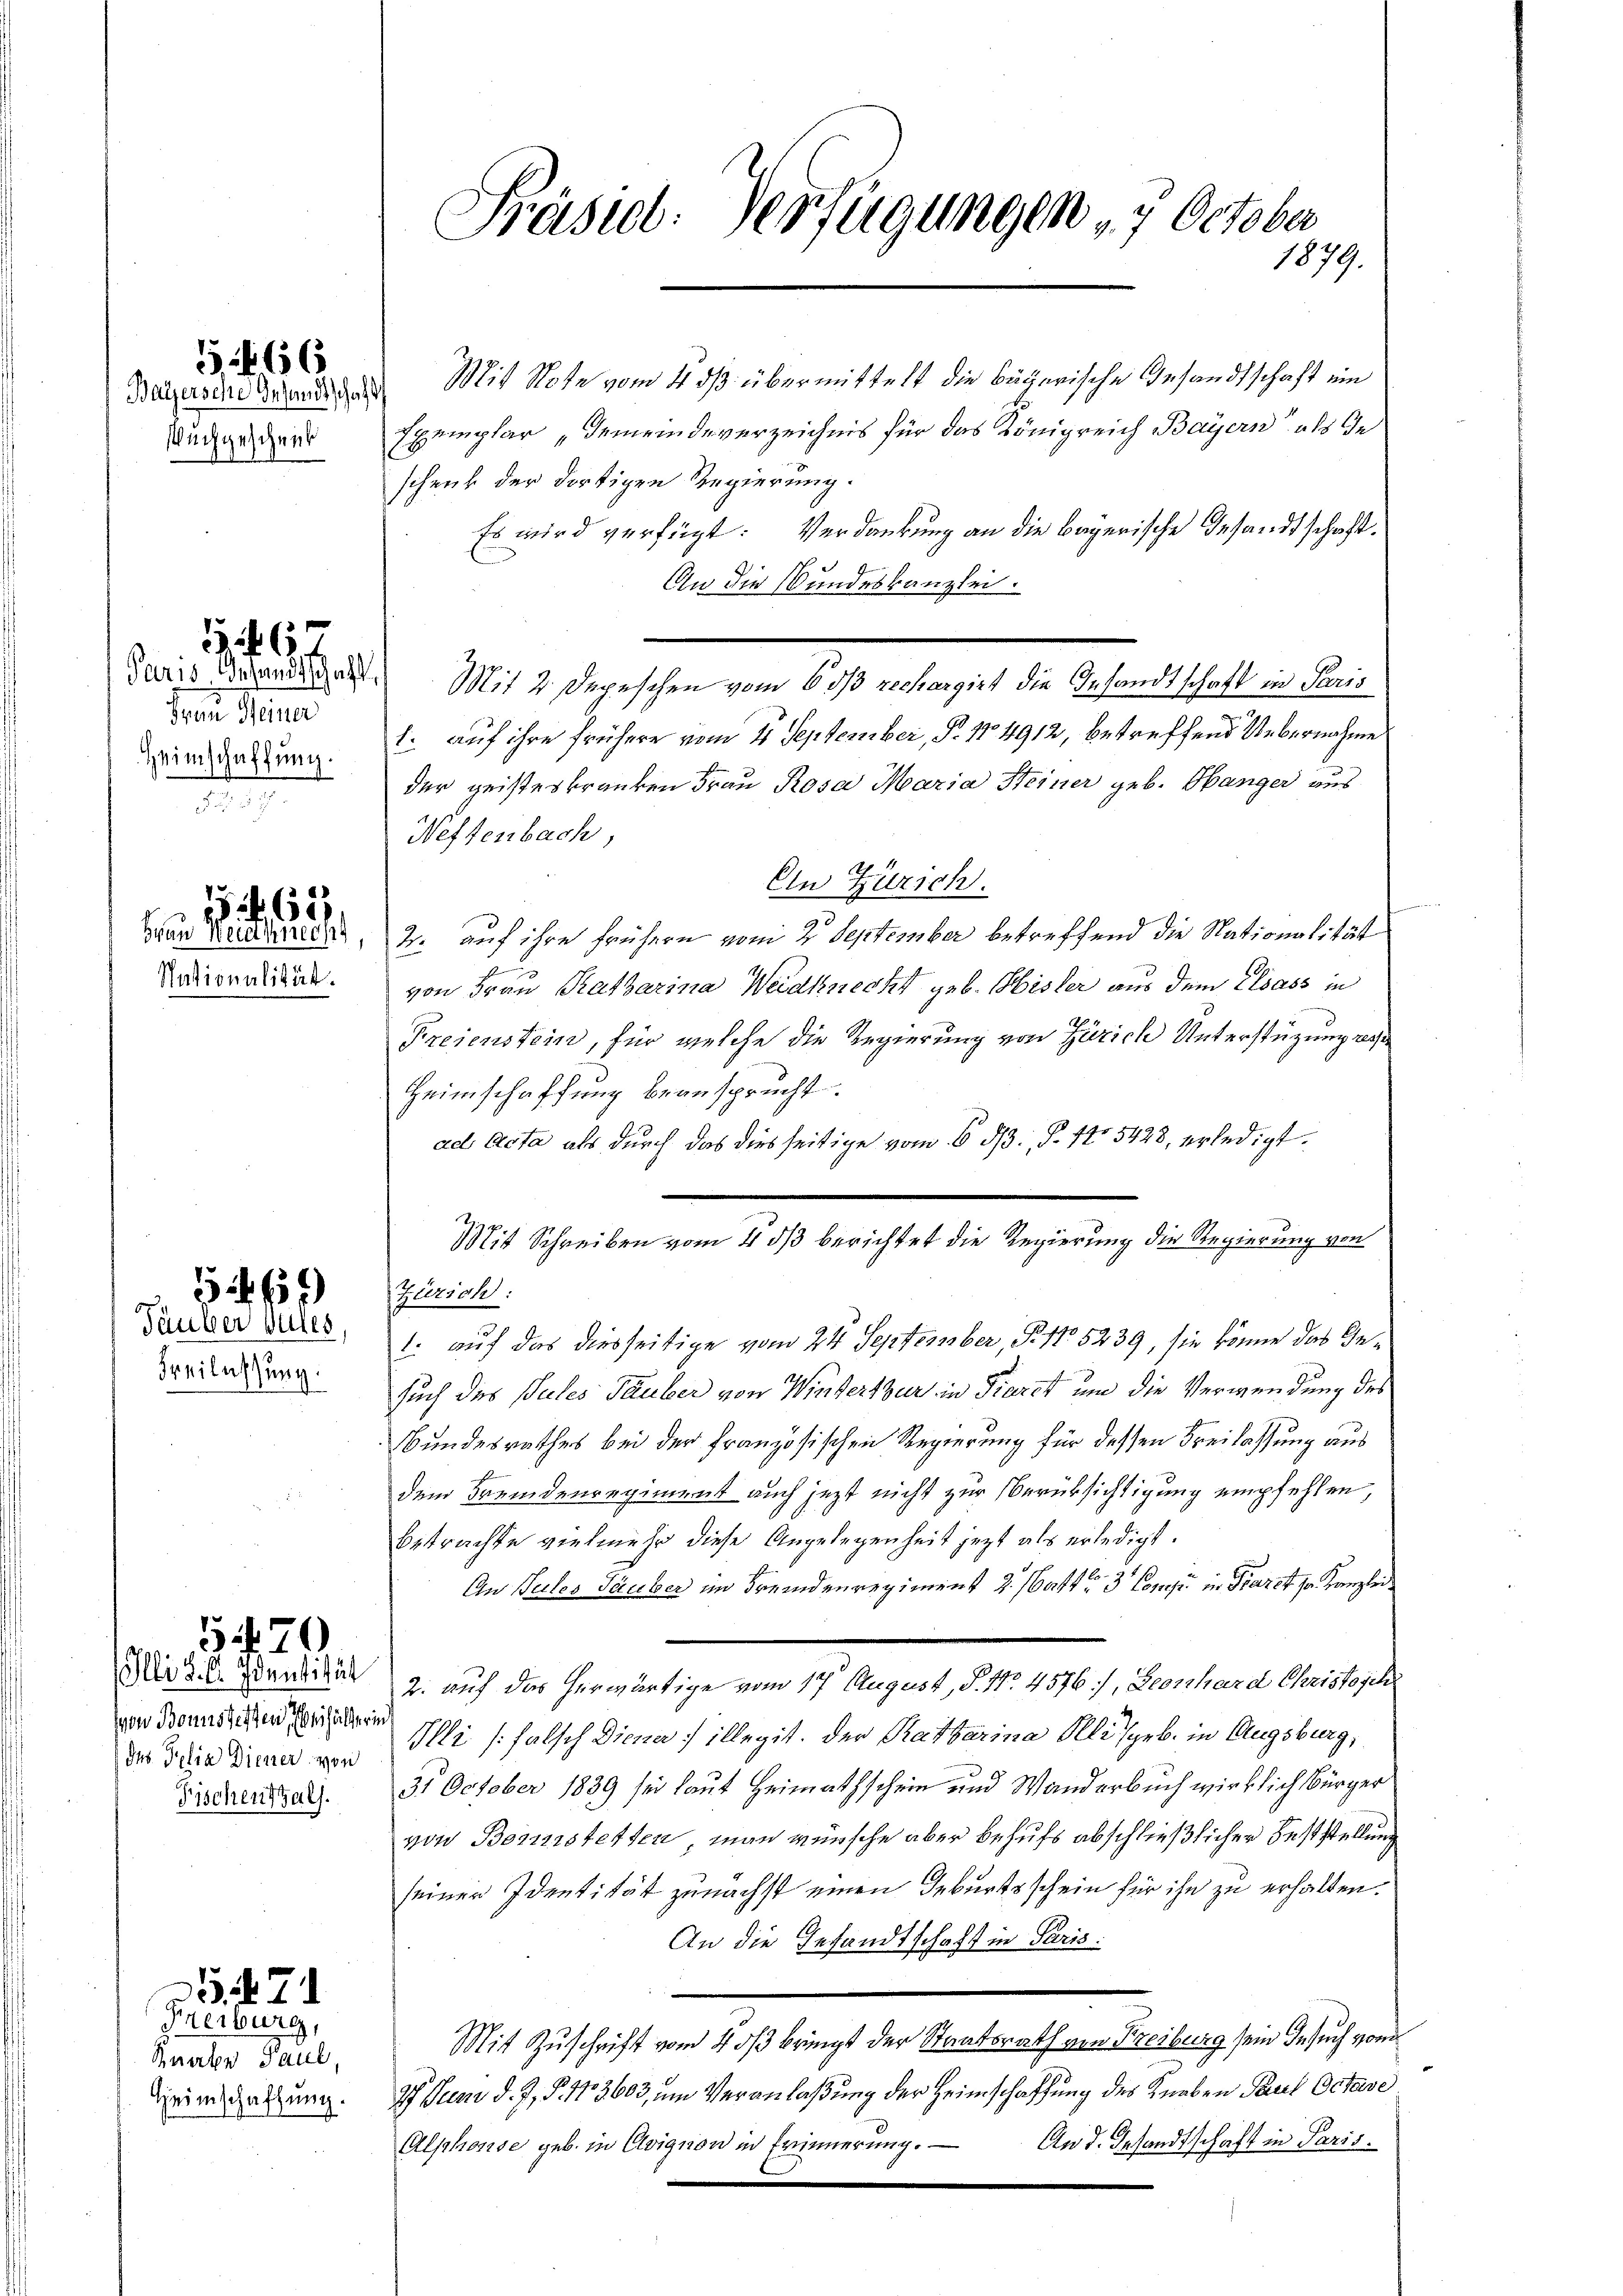
Baÿersche Gesandtschaft
uchgeschenk

66

Frau Meiner
Heimschaffung.

6

Nationalität.

1562.
Frau Meistlich

Freilassung.

)
Täuber Sules

Illi d. 6. Identität
von Bonnsteifen, behalter
des Pelia Diener von
Fischen Hals.

5470

Knaben Paul,
Heimschaffung.

35. 471
Freiburg,

Präsidl: Verfügungen 7 October
1879.

Mit Note vom 4. dβ übermittelt die begerische Gesandtschaft ein
Exemplar „Gemeindeverzeichnis für das Königreich Bayern als Geschenk der dortigen Regierung.
Es wird verfügt: Verdankung an die Bayerische Gesandtschaft.
An die Bundeskanzlei.
Juris Brandidat Mit 2 Depeschen vom 6 os rechargirt die Gesandtschaft in Paris
1. auf ihre frühere vom 21 September, Pr. 174912, betreffend Uebernahme
der geisteskranken Frau Rosa Maria Steiner geb. Sänger aus
Neftenbach,
Ein Zürich.
e
2. auf ihre frühern vom 2. September betreffend die Nationalität
von Frau Ratharina Weidknecht geb. Misler aus dem Elsass in
Freienstein, für welche die Regierung von Zürich Unterstüzung resse
Heimschaffung beansprucht.
ad Acta als durch das dies seitige vom 6. dβ. §. 11 5428, erledigt.
Mit Schreiben vom 4. ds berichtet die Regierung die Regierung von
Zürich:
1. auf das diesseitige vom 24 September, S. 11. 5239, sie könne das Gesuch des Pules Tauber von Winterthur in Tieret um die Verwendung des
Bundesrathes bei der Französischen Regierung für dessen Freilassung aus
dem Fremdenregiment auch jezt nicht zur Berüksichtigung empfehlen,
betrachte vielmehr diese Angelegenheit jetzt als erledigt.
An Tulos Täuber im Fremdenregiment 2. Matt 3 Consi in Parck zu Kanzlei
2. auf das herwärtige vom 17. August, P. Nr. 4576, Leonhard Christoch
 Illi (falsch Diene; illegit. Der Ratharina Alle geb. in Augsburg,
31 October 1839 sei laut Heimathschein und Wanderbuch wirklich Bürger
von Bornistetten man wünsche aber behufs abschließlicher Feststellung
seiner Identität zunächst einen Geburtsschein für ihn zu erhalten.
An die Gesandtschaft in Paris
Mit Zuschrift vom 20s bringt der Staatsrath von Freiburg sein Gesuch von
27. Juni d. J. P. 113603, um Veranlaßung der Heimschaffung des Knaben Paul Octave
An d. Gesandtschaft in Paris.
Alphonse geb. in Cloignon in Erinnerung.